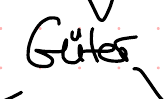
Güter